Indian journal of veterinary science and animal husbandry - Volumes 22-23, 1952-1953
Year: 1952
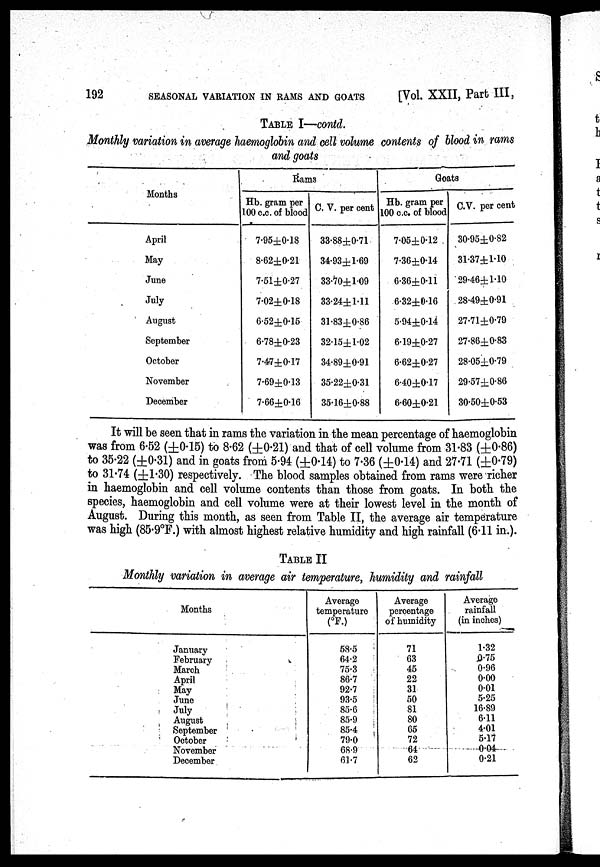
192
SEASONAL VARIATION IN RAMS AND GOATS
[Vol. XXII, Part III,
TABLE I—contd.
Monthly variation in average haemoglobin and cell volume contents of blood in rams
and goats
Months
April
May
June
July
August
September
October
November
December
Rams
Hb. gram per
100 c.c. of blood
7.95±0.18
8.62±0.21
7.51±0.27
7.02±0.18
6.52±0.15
6.78±0.23
7.4.7±0.17
7.69±0.13
7.66±0.16
C. V. per cent
33.88±0.71
34.93±l.69
33.70±l.09
33.24±1.11
31.83±0.86
32.15±l.02
34.89±0.91
35.22±0.31
35.16±0.88
Goats
Hb. gram per
100 c.c. of blood
7.05±0.12
7.36±0.14
6.36±0.11
6.32±0.16
5.94±0.14
6.19±0.27
6.62±0.27
6.40±0.17
6.60±0.21
C.V. per cent
30.95±0.82
31.37±1.10
29.46±1.10
28.49±0.91
27.71±0.79
27.86±0.83
28.05±0.79
29.57±0.86
30.50±0.53
It will be seen that in rams the variation in the mean percentage of haemoglobin
was from 6.52 (±0.15) to 8.62 (±0.21) and that of cell volume from 31.83 (±0.86)
to 35.22 (±0.31) and in goats from 5.94 (±0.14) to 7.36 (±0.14) and 27.71 (±0.79)
to 31.74 (±1.30) respectively. The blood samples obtained from rams were richer
in haemoglobin and cell volume contents than those from goats. In both the
species, haemoglobin and cell volume were at their lowest level in the month of
August. During this month, as seen from Table II, the average air temperature
was high (85.9°F.) with almost highest relative humidity and high rainfall (6.11 in.).
TABLE II
Monthly variation in average air temperature, humidity and rainfall
Months
January
February
March
April
May
June
July
August
September
October
November
December
Average
temperature
(°F.)
58.5
64.2
75.3
86.7
92.7
93.5
85.6
85.9
85.4
79.0
68.9
61.7
Average
percentage
of humidity
71
63
45
22
31
50
81
80
65
72
64
62
Average
rainfall
(in inches)
1.32
0.75
0.96
0.00
0.01
5.25
16.89
6.11
4.01
5.17
0.04
0.21